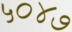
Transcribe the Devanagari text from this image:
५०४७